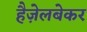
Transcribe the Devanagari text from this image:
हैज़ेलबेकर